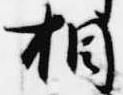
相